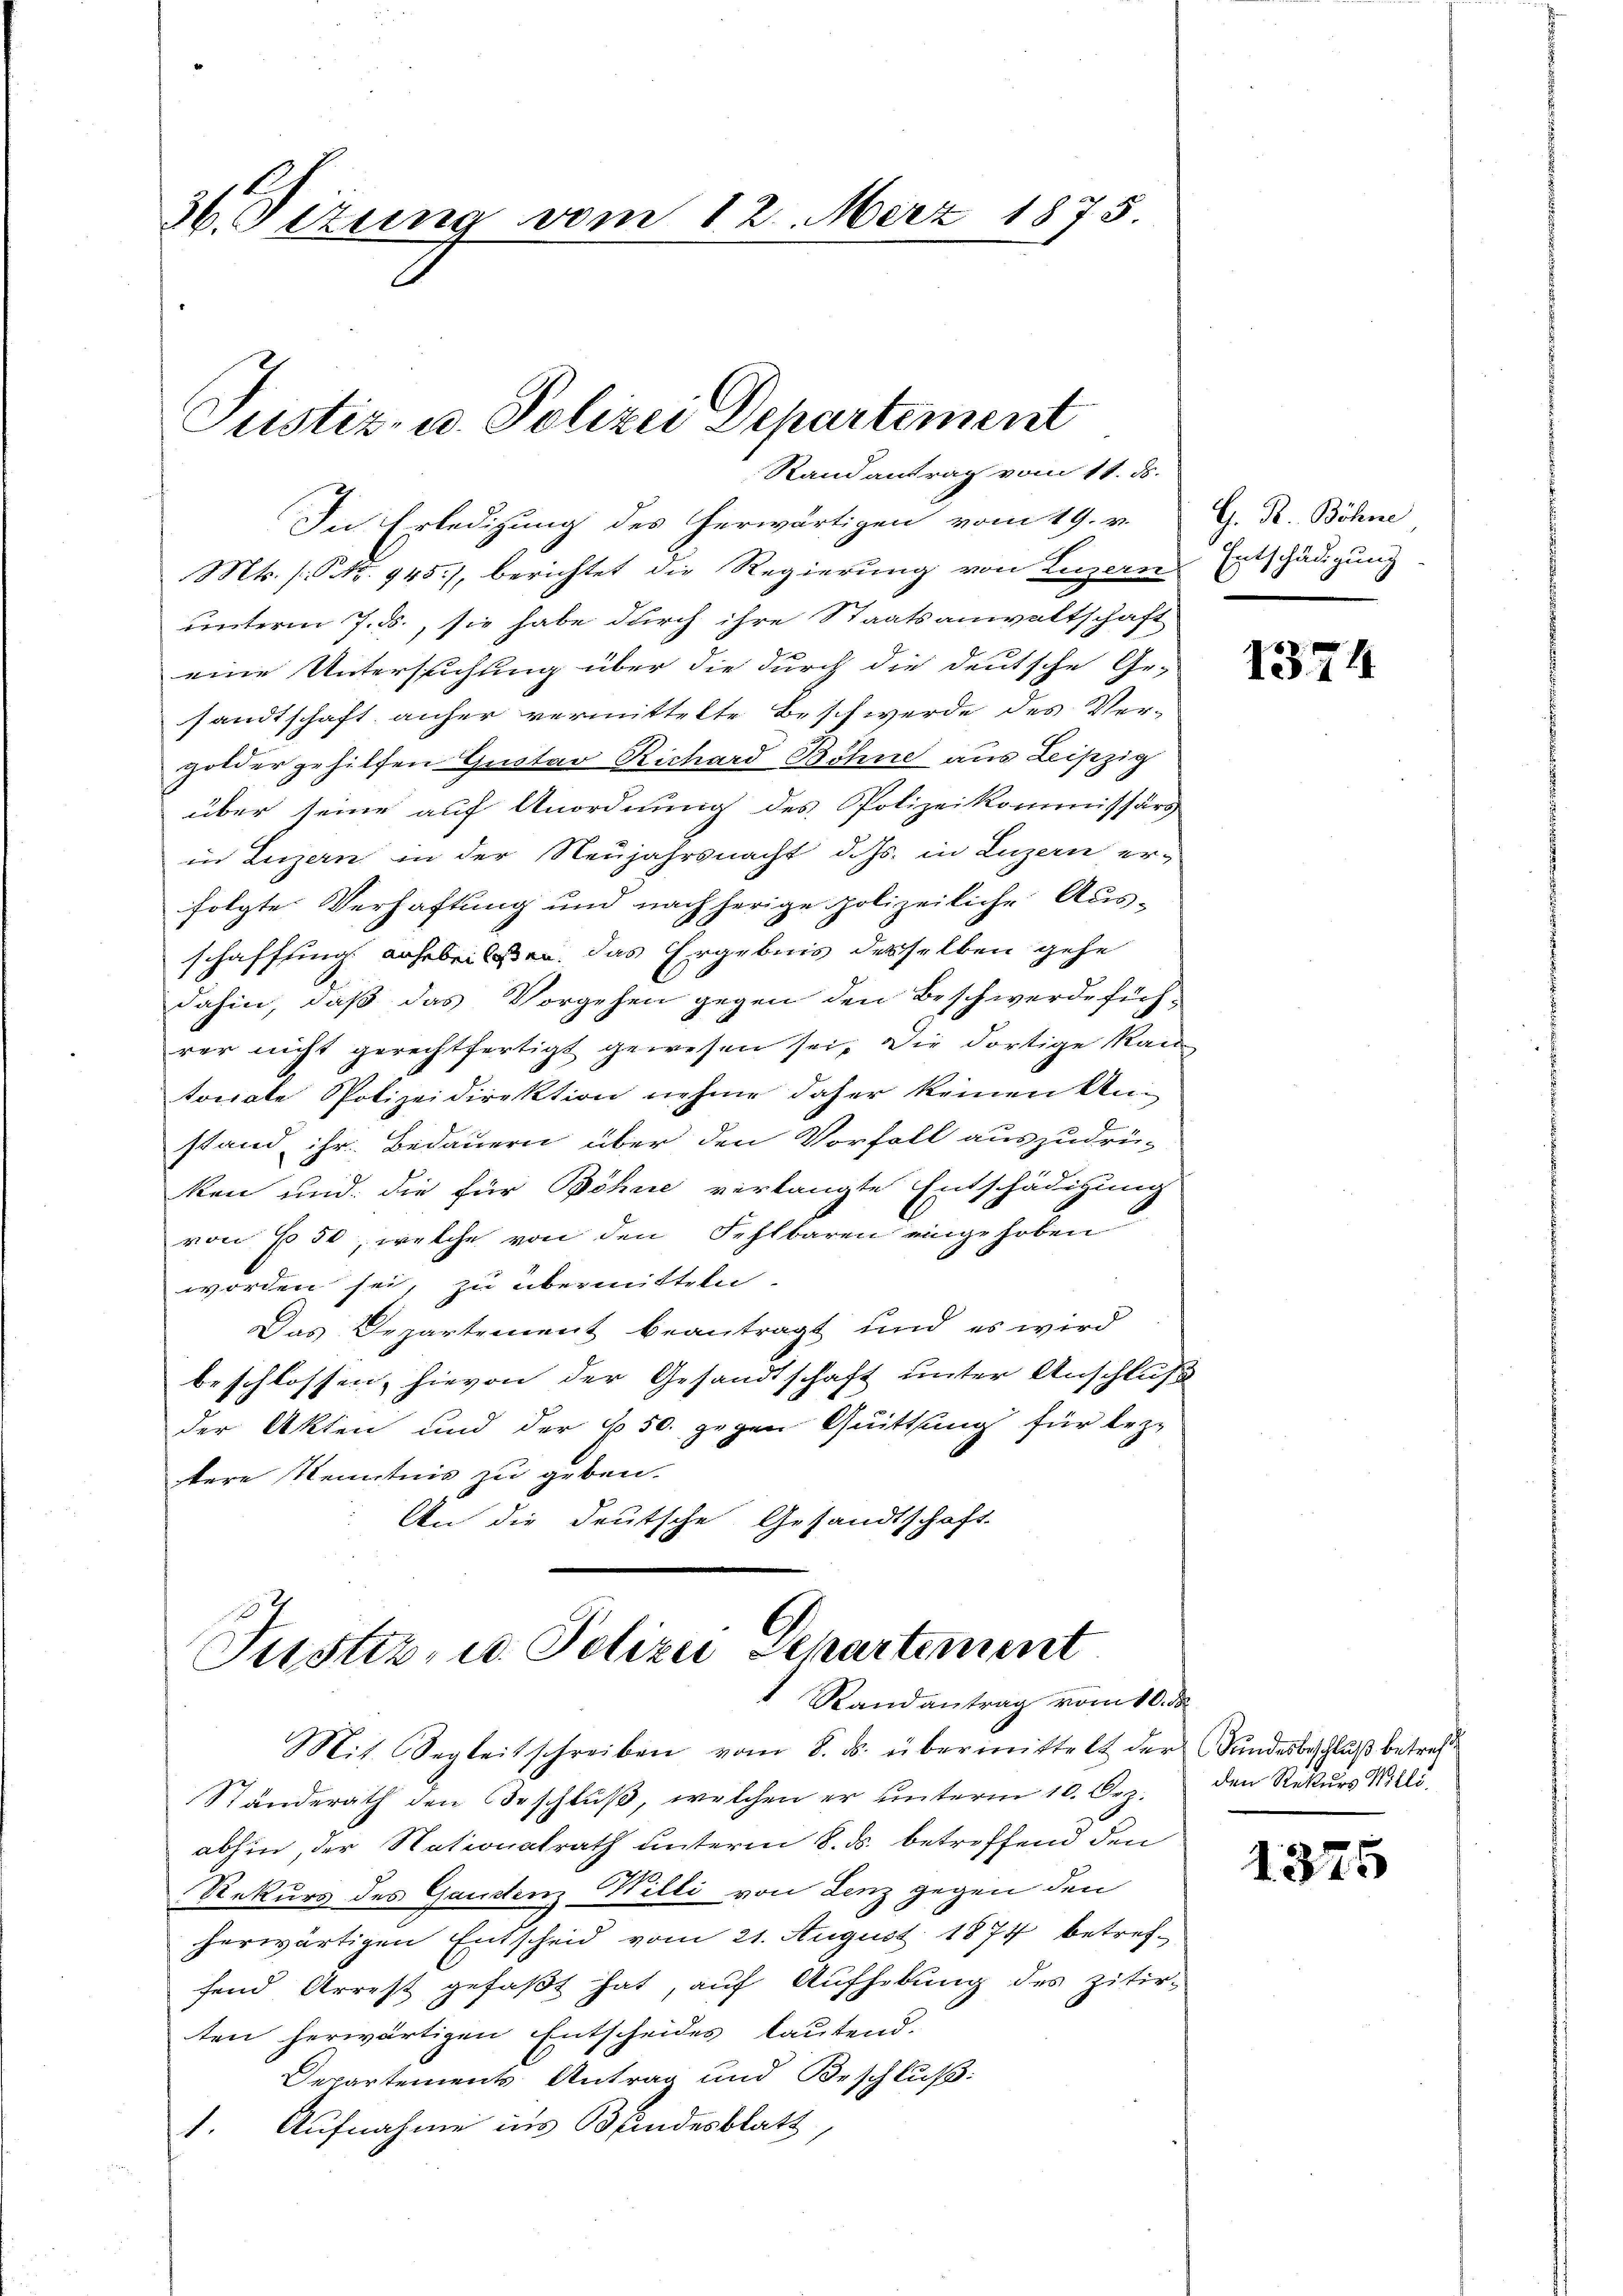
36. Sizung vom 12. März 1875

Justiz- u. Polizei Departement

Randantrag vom 11. ds.

Justiz- u. Polizei Departement
Randantrag vom 10. ds.

In Erledigung des herwärtigen vom 19. v. G. R. Böhne
Mts. (GNNo. 945), berichtet die Regierung von Luzern
unterm 7. ds., sie habe durch ihre Staatsanwaltschaft
eine Untersuchung über die durch die deutsche Ge-
sandtschaft anher vermittelte Beschwerde des Ver-
golder gehilfen Gustav Richard Bohne aus Leipzig
über seine auf Anordnung des Polizeikommissärs
in Luzern in der Neujahrsnacht d. Js. in Luzern er-
folgte Verhaftung und nachherige polizeiliche Aus-
schaffung anhebessen. Das Ergebnis desselben gehe
dahin, daß das Vorgehen gegen den Beschwerdefüch-
rer nicht gerechtfertigt gewesen sei, die dortige Kan
tonale Polizeidirektion nehme daher keinen An-
stand ihr Bedauern über den Vorfall auszudrü-
ken und die für Böhne verlangte Entschädigung
von 650, welche von den Fehlbaren eingehoben
worden sei, zu übermitteln.
Das Departement beantragt und es wird
beschlossen, hievon der Gesandtschaft unter Anschluß
der Akten und der § 50. gegen Quittung für leztere Kenntnis zu geben.
An die deutsche Gesandtschaft.

Mit Segleitschreiben vom 8. ds. übermittelt der Sundesbeschluß betref
Ständerath den Beschlŭβ, welchen er ŭnterm 10. Dez.
abhin, der Nationalrath unterm 8. ds. betreffend den
Rekurs des Ganstenz Willi von Lenz gegen den
herwärtigen Entscheid vom 21. August 1877 betref-
fend Arrest gefaßt hat, auf Aufhebung des zitirten herwärtigen Entscheides lautend.
Departements Antrag und Beschluß:
1. Aufnahme ins Bundesblatt,

Entschädigung

1374

den Rekurs Willi

1375